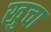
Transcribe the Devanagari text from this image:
खुचा